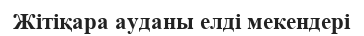
Жітіқара ауданы елді мекендері